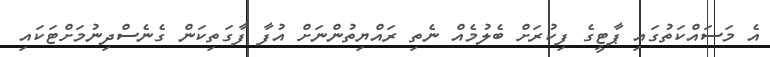
އެ މަސައްކަތުގައި ޕާޓީގެ ފިކުރަށް ބެލުމެއް ނެތި ރައްޔިތުންނަށް އުފާ ފާގަތިކަން ގެނެސްދިނުމަށްޓަކައި